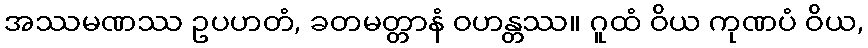
အဿမဏဿ ဥပဟတံ, ခတမတ္တာနံ ဝဟန္တဿ။ ဂူထံ ဝိယ ကုဏပံ ဝိယ,